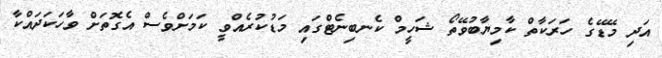
އަދި މޭޑޭގެ ހަރަކާތް ކާމިޔާބުވޭތޯ ޝަހީމް ކެނބިނެޓްގައި މަޑުކުރެއްވީ ކަމަށްވެސް އެގޮތަށް ވާހަކަދައްކާ